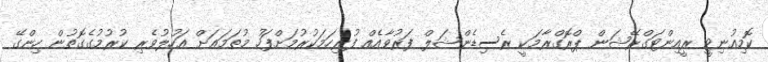
ކޮމިއުނިޓީ ރީއިންޓަގްރޭޝަން ޕްރޮގްރާމަކީ ރެސިޑެންޝަލް ފަރުވާއެއް ފުރިހަމަކުރުމަށްފަހު މުތަމަޢަށް އަހުލުވެރި ކުރުމުގެގޮތުން ހިންގޭ